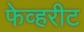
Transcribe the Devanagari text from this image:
फेव्हरीट